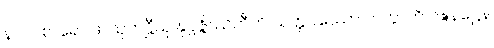
နာဂပစာရော ဖာသုကဋ္ဌီသု နုပ္ပဇ္ဇိဿတီတိ သတ္တဝဿော ကတွာတိ ဝဍ္ဎနဋ္ဌေန